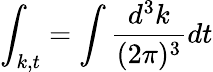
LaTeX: \int_{k,t}=\int\frac{d^{3}k}{(2\pi)^{3}}dt